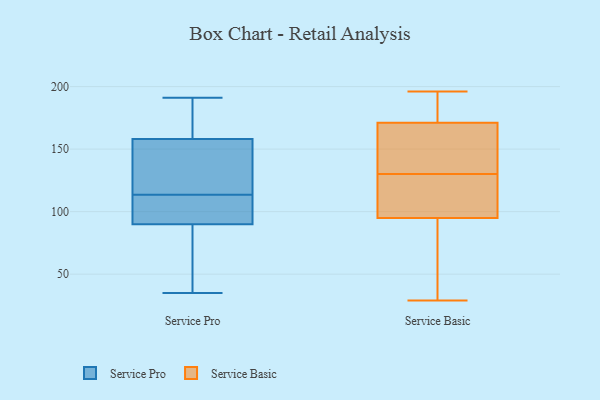
{"axis": {"x": "Waste Production (Tons)", "y": "Value"}, "legend": ["Service Basic", "Service Pro"], "data": [{"x": "", "y": 128, "type": "Service Pro"}, {"x": "", "y": 191, "type": "Service Pro"}, {"x": "", "y": 54, "type": "Service Pro"}, {"x": "", "y": 35, "type": "Service Pro"}, {"x": "", "y": 166, "type": "Service Pro"}, {"x": "", "y": 116, "type": "Service Pro"}, {"x": "", "y": 100, "type": "Service Pro"}, {"x": "", "y": 111, "type": "Service Pro"}, {"x": "", "y": 158, "type": "Service Pro"}, {"x": "", "y": 110, "type": "Service Pro"}, {"x": "", "y": 151, "type": "Service Pro"}, {"x": "", "y": 90, "type": "Service Pro"}, {"x": "", "y": 158, "type": "Service Pro"}, {"x": "", "y": 47, "type": "Service Pro"}, {"x": "", "y": 108, "type": "Service Basic"}, {"x": "", "y": 29, "type": "Service Basic"}, {"x": "", "y": 186, "type": "Service Basic"}, {"x": "", "y": 109, "type": "Service Basic"}, {"x": "", "y": 49, "type": "Service Basic"}, {"x": "", "y": 137, "type": "Service Basic"}, {"x": "", "y": 155, "type": "Service Basic"}, {"x": "", "y": 30, "type": "Service Basic"}, {"x": "", "y": 196, "type": "Service Basic"}, {"x": "", "y": 83, "type": "Service Basic"}, {"x": "", "y": 122, "type": "Service Basic"}, {"x": "", "y": 163, "type": "Service Basic"}, {"x": "", "y": 188, "type": "Service Basic"}, {"x": "", "y": 123, "type": "Service Basic"}, {"x": "", "y": 190, "type": "Service Basic"}, {"x": "", "y": 162, "type": "Service Basic"}, {"x": "", "y": 171, "type": "Service Basic"}, {"x": "", "y": 95, "type": "Service Basic"}]}